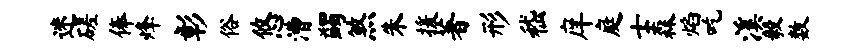
迷磋俸烽彰俗悠漕蠲煞朱援著形嵇庠庭士森焰吃溪毅数